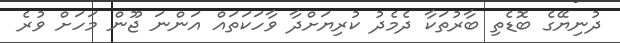
ދުނިޔޭގެ ބޮޑެތި ބާރުތަކާ ދެމެދު ކުރިޔަށްދާ ވާހަކަތައް އަންނަ ޖޫން މަހަށް ވުރެ